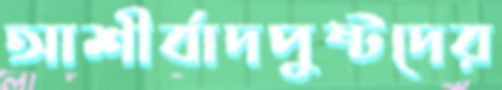
আশীর্বাদপুষ্টদের